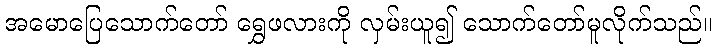
အမောပြေသောက်တော် ရွှေဖလားကို လှမ်းယူ၍ သောက်တော်မူလိုက်သည်။